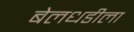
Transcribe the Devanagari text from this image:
बेलधडीला